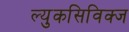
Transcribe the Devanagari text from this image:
ल्युकसिविक्ज